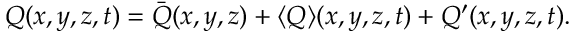
Q ( x , y , z , t ) = \bar { Q } ( x , y , z ) + \langle { Q } \rangle ( x , y , z , t ) + Q ^ { \prime } ( x , y , z , t ) .